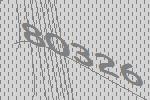
80326